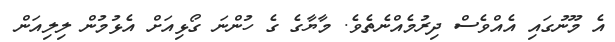
އެ މޫނުގައި އެއްވެސް ދިރުމެއްނެތެވެ. މާޔާގެ ގެ ހުންނަ ގޯޅިއަށް އެޅުމުން ލިލިއަން